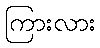
ကြားလား